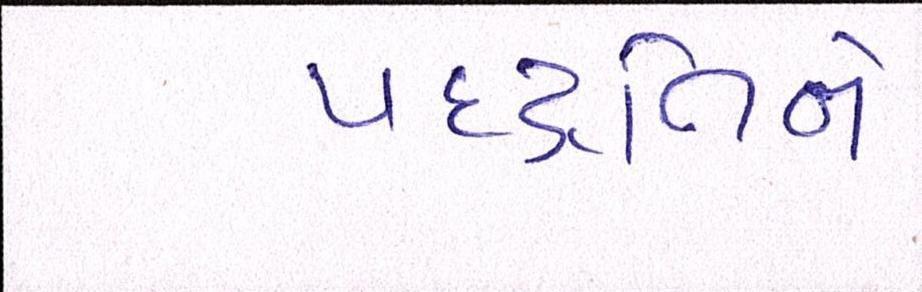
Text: પદ્ધતિને